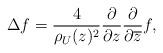
LaTeX: \begin{align*}\Delta f = \frac{4}{\rho_U(z)^2} \frac{\partial}{\partial z} \frac{\partial}{\partial \overline{z}} f,\end{align*}